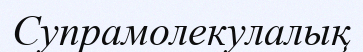
Супрамолекулалық